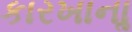
કારખાનાૢ